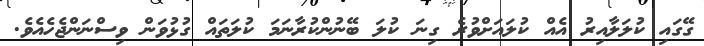
ގޭގައި ކުލަލާއިރު އެއް ކުލައަށްވުރެ ގިނަ ކުލަ ބޭނުންކުރާނަމަ ކުލަތައް ގުޅުވަން ވިސްނަންޖެހެއެވެ.